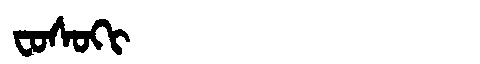
Manchu: ᠸᠣᠰᠣᡴᡳ
Romanization: FOSOKI